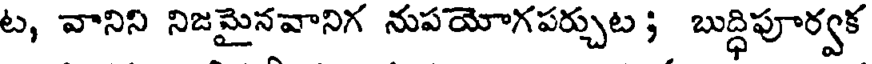
ట, వానిని నిజమైనవానిగ నుపయోగపర్చుట; బుద్ధిపూర్వక